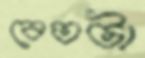
বেতটা